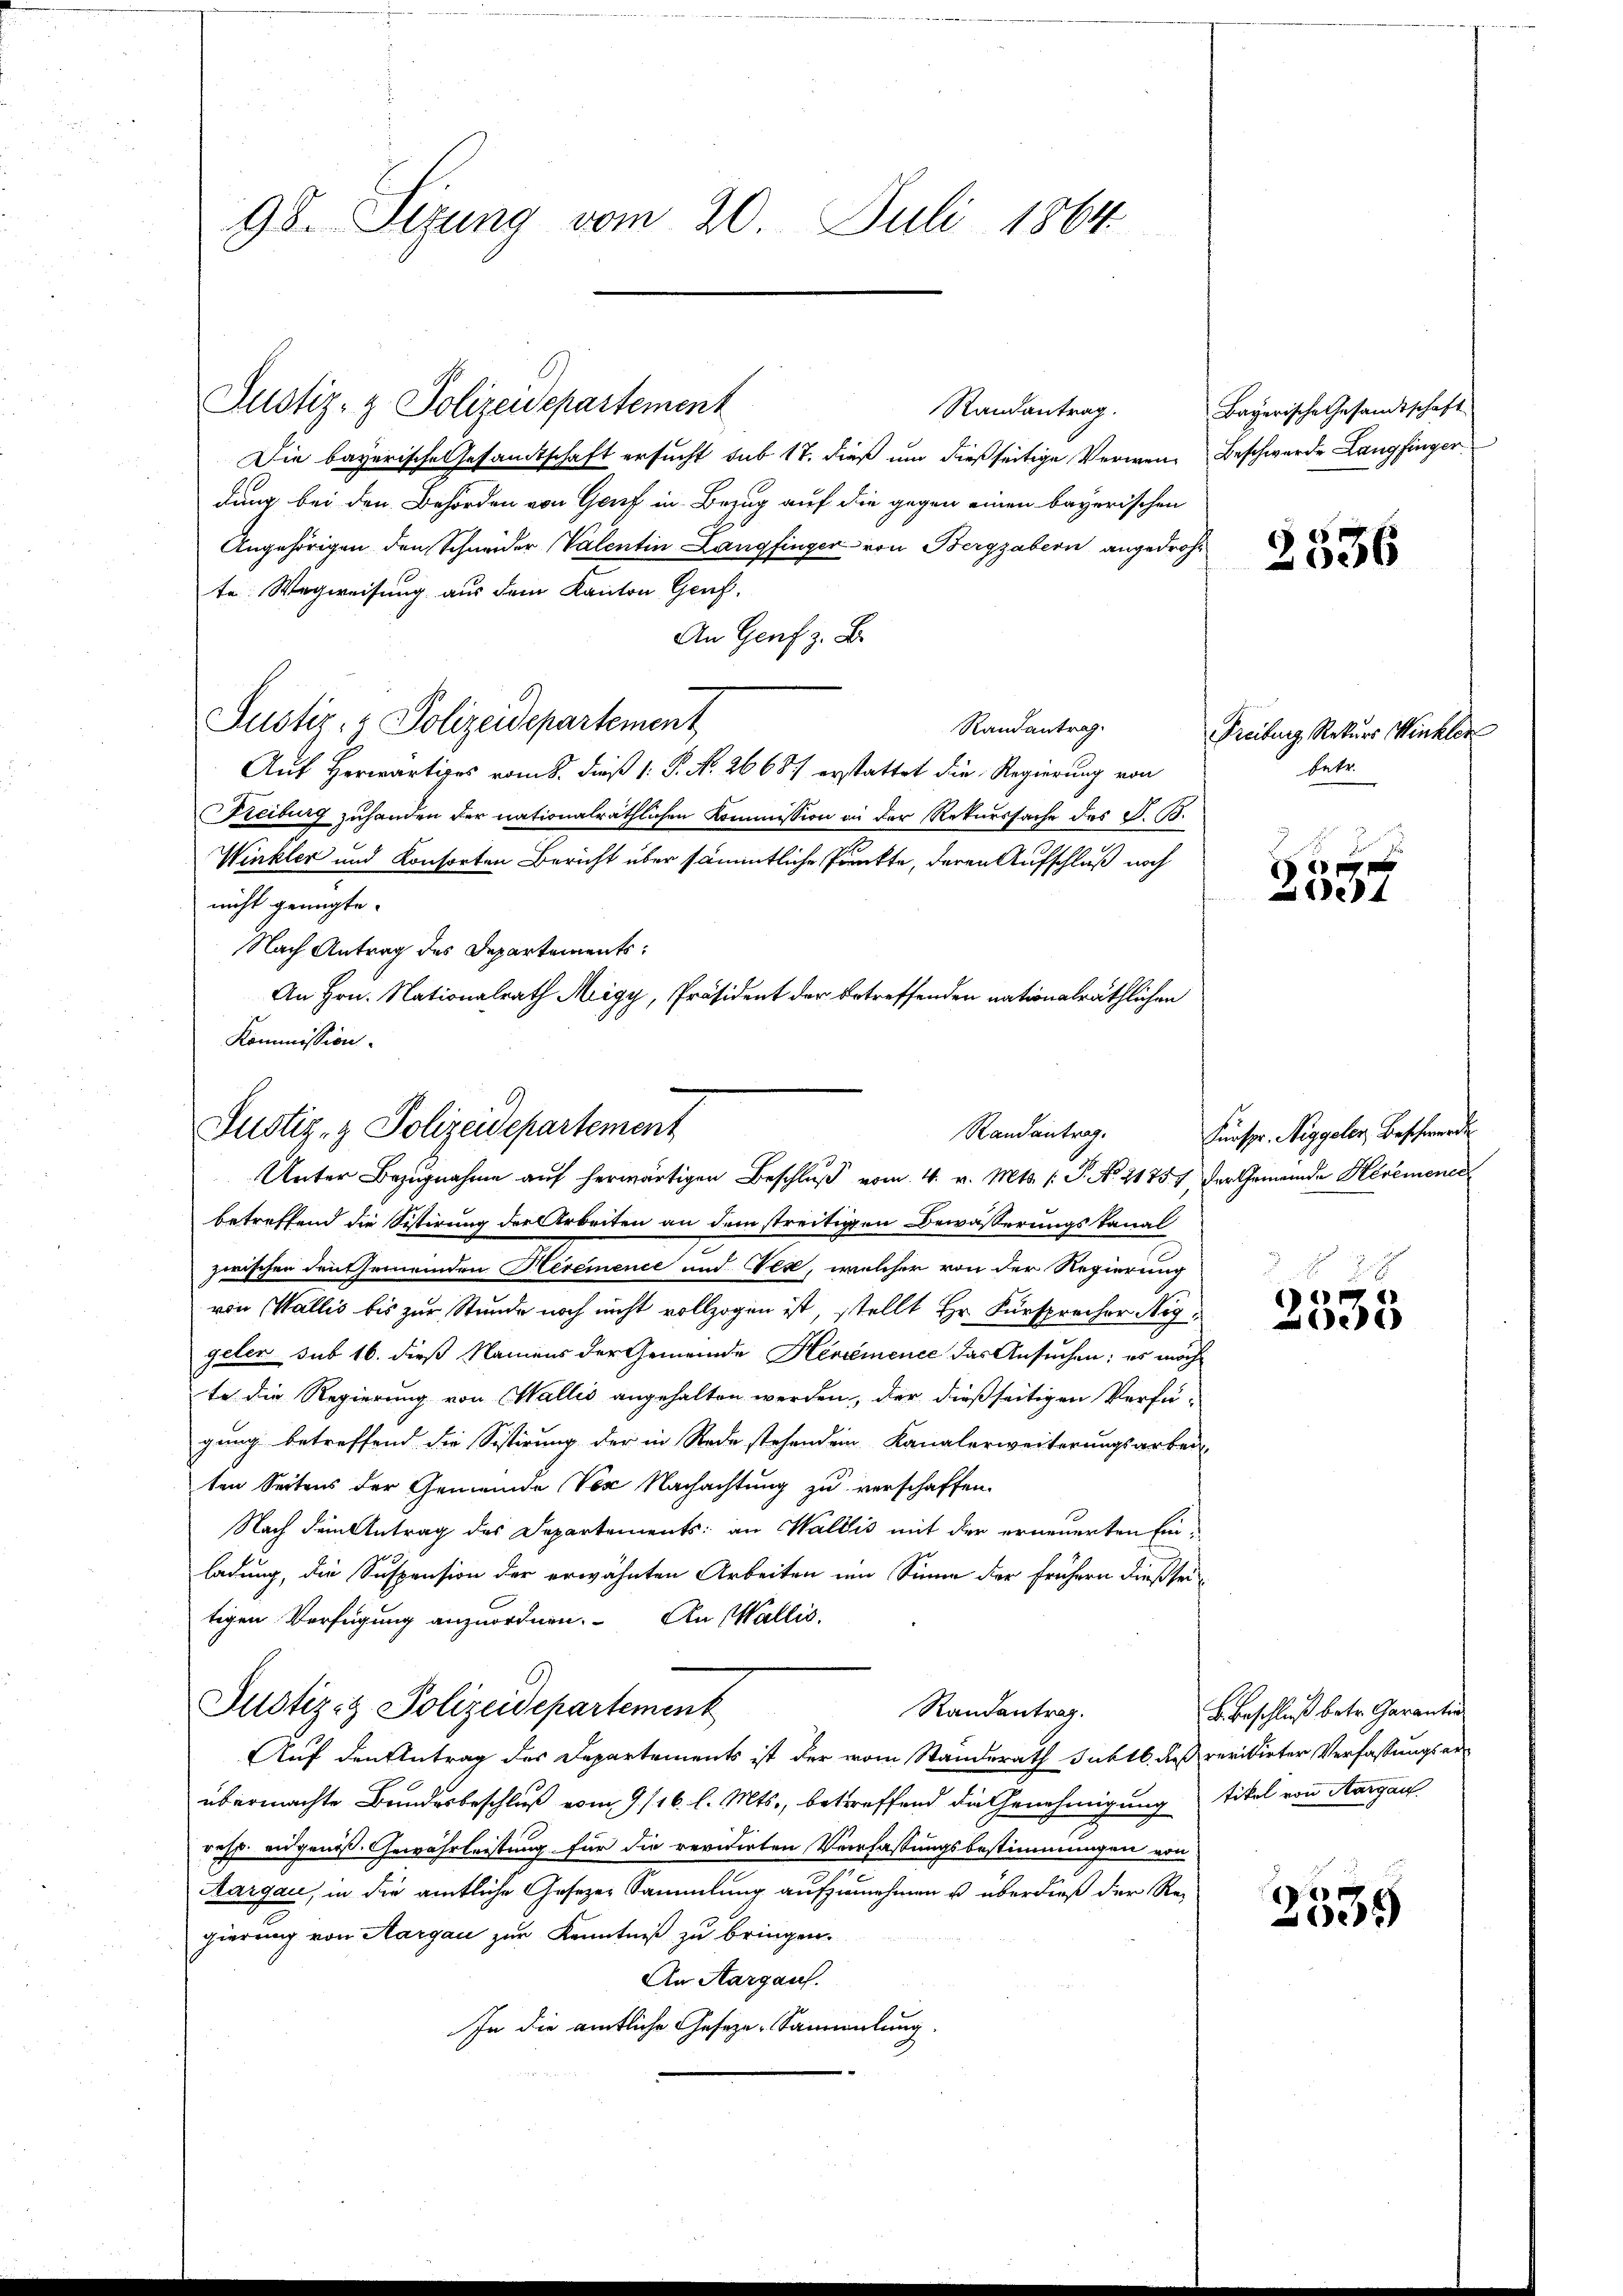
98. Sizung vom 20. Juli 1864

Justiz- & Polizeidepartement
Randantrag.
Die bayerische Gesamtschaft ersucht sub 17. dieß um dießseitige Verwen-Beschwerde Langfinger
dung bei den Behörden von Genf in Bezug auf die gegen einen bayerischen
Angehörigen den Schneider Valentin Langfinger von Bergrabern angedroh-
te: Wegweisung aus dem Kanton Genf.
An Genf z. B.
Justiz- & Polizeidepartement
Randantrag.
Aŭf herwärtiges vom 8. dieβ (: P. Nr. 26687 erstattet die Regierung von
Freiburg zuhanden der nationalräthlichen Kommission in der Rekurssache des S. 15.
Winkler und Konsorten Bericht über sämmtliche Punkte, deren Aufschluß noch
nicht genügte.
Nach Antrag des Departements:
An Hrn. Nationalrath Meigy, Präsident der betreffenden nationalräthlichen
Kommission.

Justiz- & Polizeidepartement
Randantrag.
Unter Bezugnahme auf herwärtigen Beschluß vom 4. v. Mts. (T. No. 21757 der Gemeinde Hereiener

betreffend die Sistirung der Arbeiten an dem streitigen Bewässerungskanal
zwischen den Gemeinden Hereience und Fest, welcher von der Regierung
von Wallis bis zur Stunde noch nicht vollzogen ist, stellt Hr. Fürsprecher Nig
geler sub 16. dieß Namens der Gemeinde Hessémence das Ansuchen; es möchte die Regierung von Wallis angehalten werden, der dießseitigen Verfü-
gung betreffend die Sistirung der in Rede stehenden Kanalerweiterungsarbei
ten Seitens der Gemeinde Ver Nachachtung zu verschaffen.
Nach dem Antrag des Departements: an Wallis mit der erneuerten Ein-
ladung, die Suspension der erwähnten Arbeiten um Sinne der frühern dießseitigen Verfügung anzuordnen. An Wallis,
Justiz- & Polizeidepartement
Randantrag.
Auf den Antrag des Departements ist der vom Standerath Juktb. dies revidirter Verfassungserübermachte Bundesbeschluß vom 9. 116. l. Mts., betreffend die Genehmigung tikel von Aargau
resp. engenoß. Gewährleistung für die revidirten Verfassungsbestimmungen von
Aargau, in die amtliche Gesetzer Sammlung aufzunehmen u überdieß der Regierung von Aargau zur Kenntniß zu bringen.
An Aargau.
In die amtliche Geseze-Sammlung.

Bayerische Gesandtschaft

2536

Freiburg, Rekurs Winkler
betr.

1

Fürspr. Niggeler Beschwerde

e

B. Beschluß betr. Garantin

8
07)